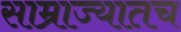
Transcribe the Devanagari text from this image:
साम्राज्यातच